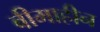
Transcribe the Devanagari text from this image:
बीमाहीन